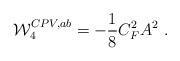
LaTeX: \begin{align*}{\cal W}_4^{CPV,ab}= -{1\over 8}C_F^2 A^2\ .\end{align*}